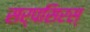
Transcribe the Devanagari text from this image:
सर्पसिरस्